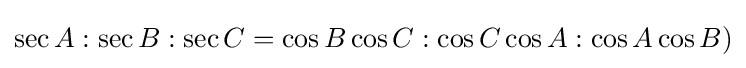
\sec A:\sec B:\sec C=\cos B\cos C:\cos C\cos A:\cos A\cos B)